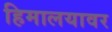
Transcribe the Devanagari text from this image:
हिमालयावर